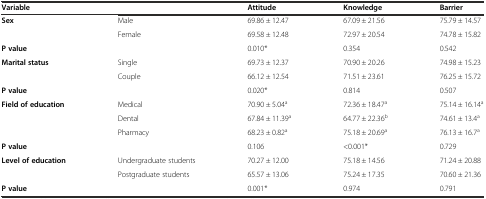
| Variable |  | Attitude | Knowledge | Barrier |
 | --- | --- | --- | --- | --- |
 | <ROWSPAN=2> Sex | Male | 69.86 ± 12.47 | 67.09 ± 21.56 | 75.79 ± 14.57 |
 | Female | 69.58 ± 12.48 | 72.97 ± 20.54 | 74.78 ± 15.82 |
 | P value |  | 0.010* | 0.354 | 0.542 |
 | <ROWSPAN=2> Marital status | Single | 69.73 ± 12.37 | 70.90 ± 20.26 | 74.98 ± 15.23 |
 | Couple | 66.12 ± 12.54 | 71.51 ± 23.61 | 76.25 ± 15.72 |
 | P value |  | 0.020* | 0.814 | 0.507 |
 | <ROWSPAN=3> Field of education | Medical | 70.90 ± 5.04a | 72.36 ± 18.47a | 75.14 ± 16.14a |
 | Dental | 67.84 ± 11.39a | 64.77 ± 22.36b | 74.61 ± 13.4a |
 | Pharmacy | 68.23 ± 0.82a | 75.18 ± 20.69a | 76.13 ± 16.7a |
 | P value |  | 0.106 | <0.001* | 0.729 |
 | <ROWSPAN=2> Level of education | Undergraduate students | 70.27 ± 12.00 | 75.18 ± 14.56 | 71.24 ± 20.88 |
 | Postgraduate students | 65.57 ± 13.06 | 75.24 ± 17.35 | 70.60 ± 21.36 |
 | P value |  | 0.001* | 0.974 | 0.791 |